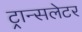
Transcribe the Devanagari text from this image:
ट्रान्सलेटर